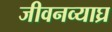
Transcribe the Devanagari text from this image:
जीवनव्याघ्र